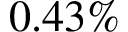
0 . 4 3 \%